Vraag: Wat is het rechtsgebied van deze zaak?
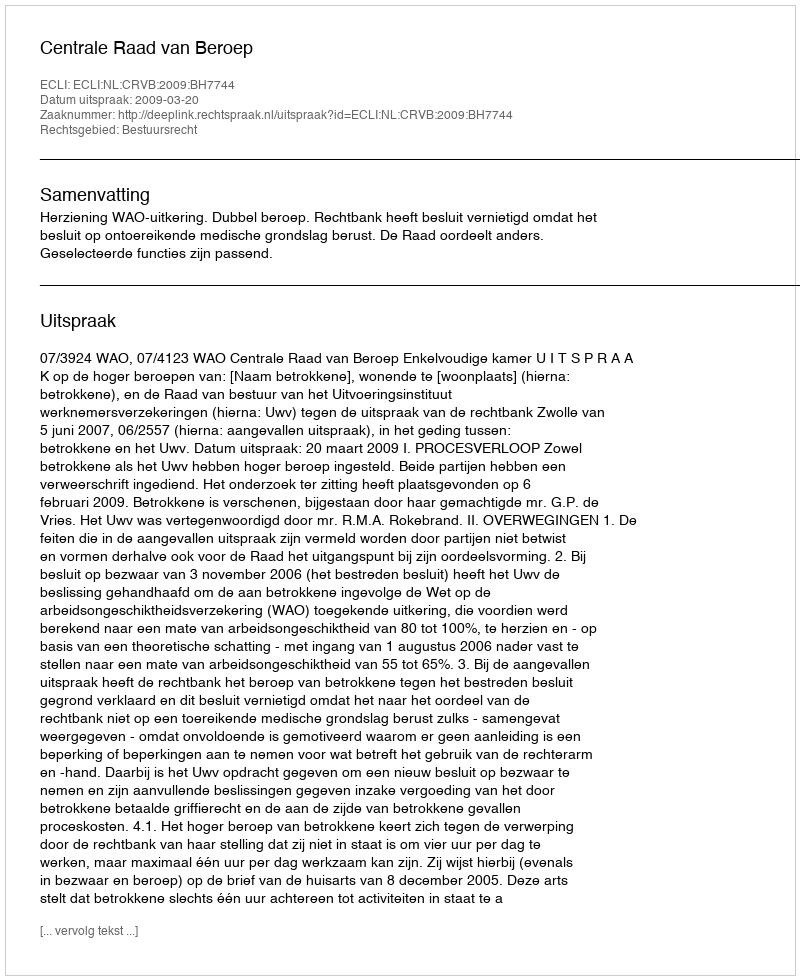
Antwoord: Bestuursrecht